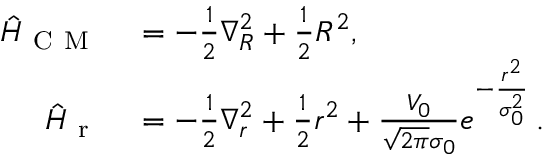
\begin{array} { r l } { \hat { H } _ { \mathrm { ~ C ~ M ~ } } } & { { } = - \frac { 1 } { 2 } \nabla _ { R } ^ { 2 } + \frac { 1 } { 2 } R ^ { 2 } , } \\ { \hat { H } _ { \mathrm { ~ r ~ } } } & { { } = - \frac { 1 } { 2 } \nabla _ { r } ^ { 2 } + \frac { 1 } { 2 } r ^ { 2 } + \frac { V _ { 0 } } { \sqrt { 2 \pi } \sigma _ { 0 } } e ^ { - \frac { r ^ { 2 } } { \sigma _ { 0 } ^ { 2 } } } \, . } \end{array}